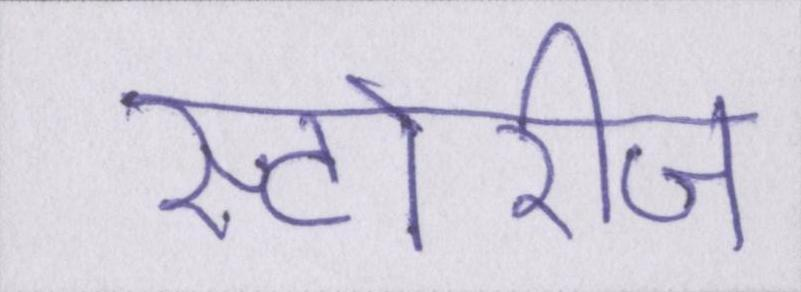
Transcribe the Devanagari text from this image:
स्टोरीज